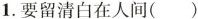
1.要留清白在人间()